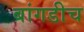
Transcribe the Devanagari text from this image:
बांगडीच